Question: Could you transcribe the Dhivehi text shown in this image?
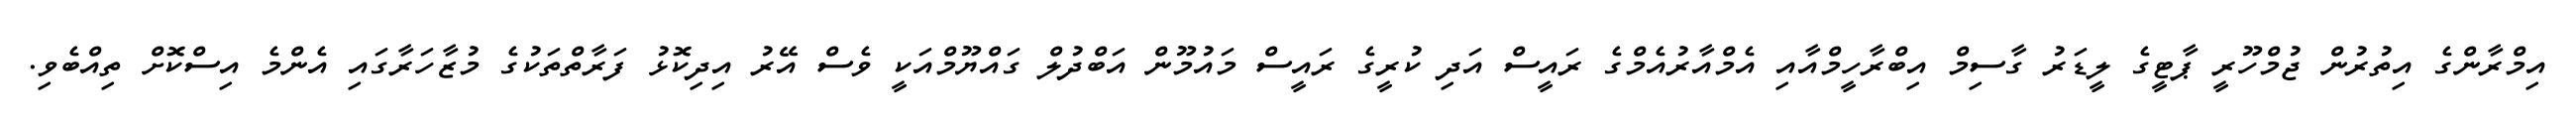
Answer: އިމްރާންގެ އިތުރުން ޖުމްހޫރީ ޕާޓީގެ ލީޑަރު ގާސިމް އިބްރާހީމްއާއި އެމްއާރުއެމްގެ ރައީސް އަދި ކުރީގެ ރައީސް މައުމޫން އަބްދުލް ގައްޔޫމްއަކީ ވެސް އޭރު އިދިކޮޅު ފަރާތްތަކުގެ މުޒާހަރާގައި އެންމެ އިސްކޮށް ތިއްބެވި.